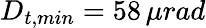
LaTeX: D_{t,min}=58\, \mu rad